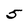
Character: 5